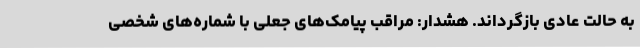
به حالت عادی بازگرداند. هشدار: مراقب پیامک‌های جعلی با شماره‌های شخصی